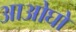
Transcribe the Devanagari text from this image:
आओघो